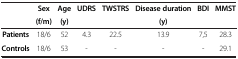
| <ROWSPAN=2>  | Sex | Age | <ROWSPAN=2> UDRS | <ROWSPAN=2> TWSTRS | Disease duration | <ROWSPAN=2> BDI | <ROWSPAN=2> MMST |
 | (f/m) | (y) | (y) |
 | --- | --- | --- | --- | --- | --- | --- | --- |
 | Patients | 18/6 | 52 | 4.3 | 22.5 | 13.9 | 7,5 | 28.3 |
 | Controls | 18/6 | 53 | - | - | - | - | 29.1 |